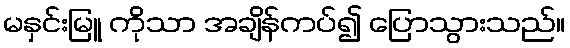
မနှင်းမြူ ကိုသာ အချိန်ကပ်၍ ပြောသွားသည်။